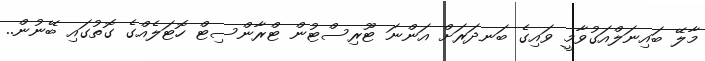
މާލޭ ބައިނަލްއަގުވާމީ ވައިގެ ބަނދަރަށް އަންނަ ޓޫރިސްޓުން ޓްރާންސިޓް ހޮޓަލެއްގެ ގޮތުގައި ބޭނުން..